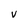
Character: V